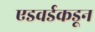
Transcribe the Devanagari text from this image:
एडवर्डकडून